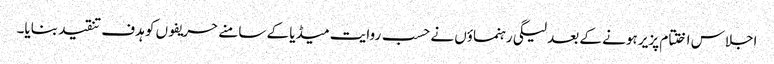
اجلاس اختتام پزیر ہونے کے بعد لیگی رہنماؤں نے حسب روایت میڈیا کے سامنے حریفوں کو ہدف تنقید بنایا۔